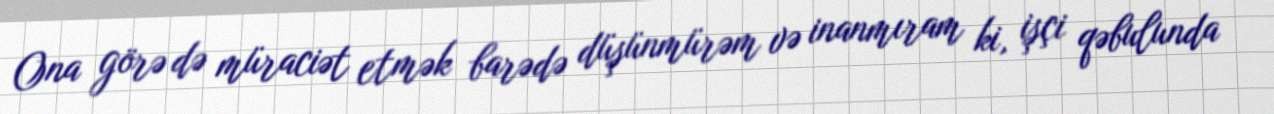
Ona görə də müraciət etmək barədə düşünmürəm və inanmıram ki, işçi qəbulunda